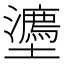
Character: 𭐉